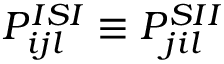
P _ { i j l } ^ { I S I } \equiv P _ { j i l } ^ { S I I }